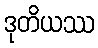
ဒုတိယဿ